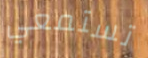
تستمعي